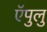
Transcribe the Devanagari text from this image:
ऍपुलु